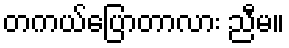
တကယ်ပြောတာလား ညီမ။